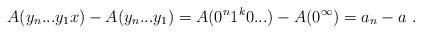
LaTeX: \begin{align*}A(y_n...y_1x) - A(y_n...y_1) = A(0^n1^k0...) - A(0^\infty) = a_n - a \ .\end{align*}